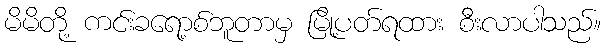
မိမိတို့ ကင်းခရော့စ်ဘူတာမှ မြို့ပတ်ရထား စီးလာပါသည်။